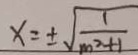
x = \pm \sqrt { \frac { 1 } { m ^ { 2 } + 1 } }